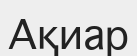
Ақиар